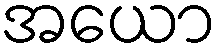
အယော